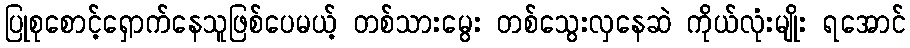
ပြုစုစောင့်ရှောက်နေသူဖြစ်ပေမယ့် တစ်သားမွေး တစ်သွေးလှနေဆဲ ကိုယ်လုံးမျိုး ရအောင်